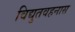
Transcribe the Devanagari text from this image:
विद्युतवहनास